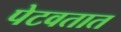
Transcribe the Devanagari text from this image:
पेटवतात